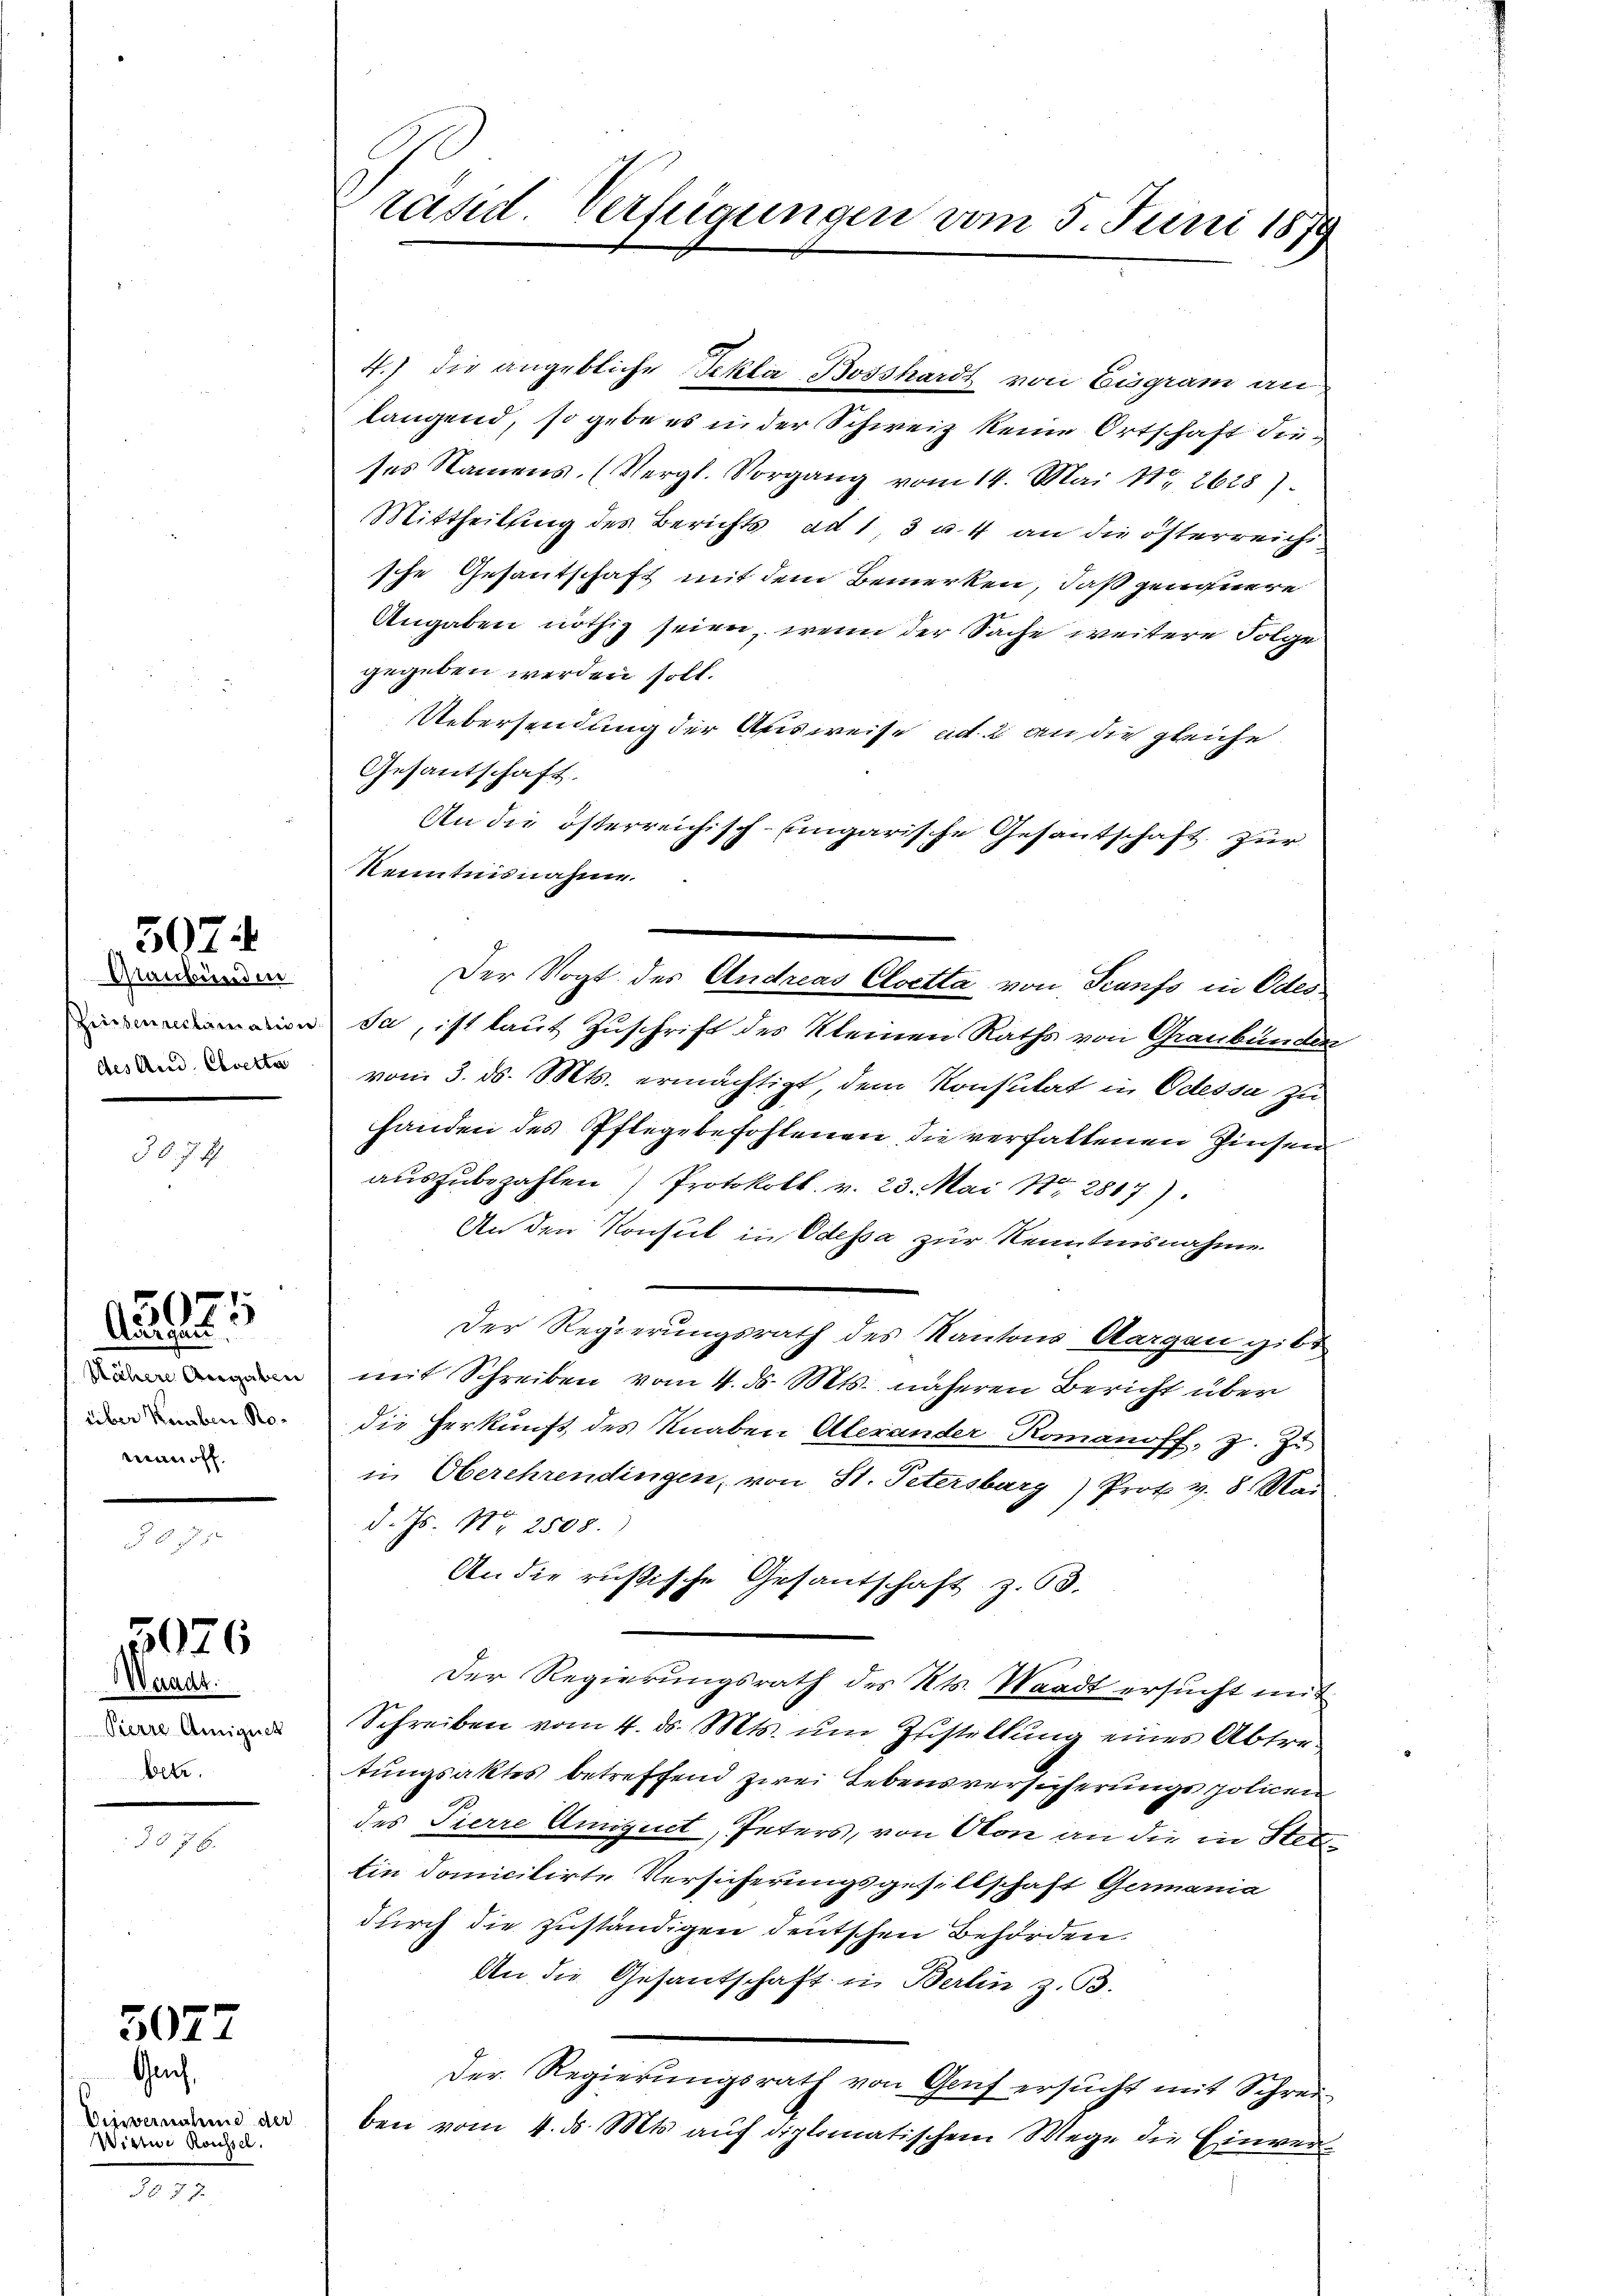
307.

Ganbunden
szinsen reclamation:
des And. Cloetta

d. J. 1

5071
Adrigent

Nähere Angaben
über Knaben Roman off.

5076

Waadt.
Pierre Ariguet
betr.

5077
Geich,

Einvernahme der
Wittwe Rousser.

38. 77.

räsid. Verfügungen vom 5. Juni 1879

4.) Die angebliche Tekla Bosshardt von Eisgram an
langend, so gebe es in der Schweiz keine Ortschaft dies
ses Namens. (Vergl. Vorgang vom 14. Mai 182628).
Mittheilung des Berichts ad 13 u. 4 an die österreichi
sche Gesantschaft mit dem Bemerken, daß genauere
Angaben nöthig seien, wenn der Sache weitere Folge
gegeben werden soll.
Uebersendung der Ausweise ad. 2 an die gleiche
Gesantschaft
An die österreichisch-ungarische Gesantschaft zur
Kenntnisnahme.
sa, ist laut Zuschrift des Kleinen Raths von Graubünden
vom 3. ds. Mts. ermächtigt, dem Konsulat in Odessa zu
handen des Pflegebefohlenen, die verfallenen Zinsen
auszubezahlen) Protokoll. v. 23. Mai 182807)
An den Konsul in Odessa zur Kenntnisnahme
Der Regierungsrath des Kantons Aargau gibt
mit Schreiben vom 4. ds. Mts. näheren Bericht über
die Herkunft des Knaben Alerander Romanoff, z. Zu
in Oberehrendingen, von St. Petersburg) Prot v. 8. Mai
d. Js. No 2508.)
An die russische Gesantschaft z. 63.
Der Regierungsrath des Kts. Waadt ersucht mit
Schreiben vom 4. ds. Mts. um Zustellung eines Abtretungsaktes betreffend zwei Lebensversicherungspolicen
des Tierre Amiquet, Peters, von Oton an die in Stettin domicitirte Versicherungsgesellschaft Germania
durch die zuständigen deutschen Behörden.
An die Gesantschaft in Berlin z. B.
Der Regierungsrath von Genf ersucht mit Schrei
ben vom 4. ds. Mts. auf diplomatischem Wege die Einver¬

Der Vogt des Andreas Cloetta von Trunfs in Odes.